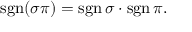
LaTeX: \operatorname { s g n } ( \sigma \pi ) = \operatorname { s g n } \sigma \cdot \operatorname { s g n } \pi .